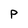
Character: P